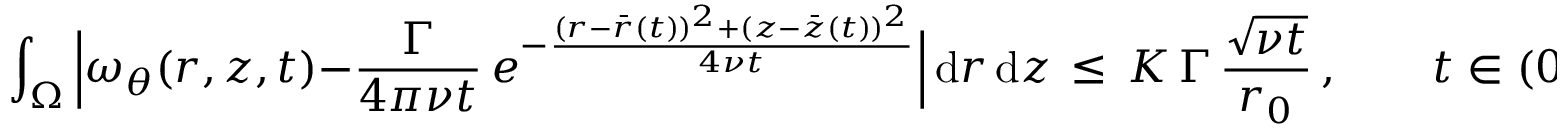
\int _ { \Omega } \, \Bigl | \omega _ { \theta } ( r , z , t ) - \frac { \Gamma } { 4 \pi \nu t } \, e ^ { - \frac { ( r - \bar { r } ( t ) ) ^ { 2 } + ( z - \bar { z } ( t ) ) ^ { 2 } } { 4 \nu t } } \Bigr | \, \mathrm { d } r \, \mathrm { d } z \, \le \, K \, \Gamma \, \frac { \sqrt { \nu t } } { r _ { 0 } } \, , \qquad t \in ( 0 , T _ { \mathrm { a d v } } \, \mathrm { R e } ^ { \sigma } ) \, ,